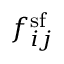
f _ { i j } ^ { \mathrm { s f } }